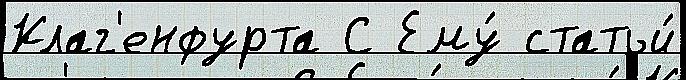
Клаг'енфурта С Ему́ статьи́